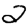
Digit: 2